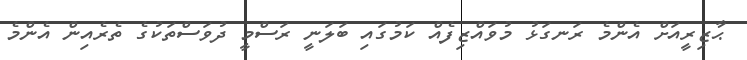
ޙާޒިރީއަށް އެންމެ ރަނގަޅު މުވައްޒިފެއް ކަމުގައި ބަލަނީ ރަސްމީ ދުވަސްތަކުގެ ތެރެއިން އެންމެ